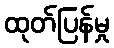
ထုတ်ပြန်မှု